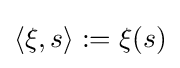
\langle \xi ,s\rangle :=\xi (s)